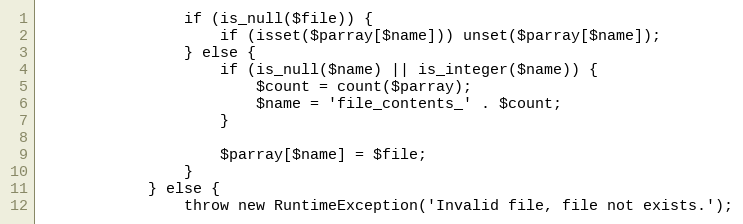
Language: PHP
				if (is_null($file)) {
					if (isset($parray[$name])) unset($parray[$name]);
				} else {
					if (is_null($name) || is_integer($name)) {
						$count = count($parray);
						$name = 'file_contents_' . $count;
					}

					$parray[$name] = $file;
				}
			} else {
				throw new RuntimeException('Invalid file, file not exists.');